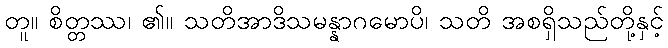
တူ။ စိတ္တဿ၊ ၏။ သတိအာဒိသမန္နာဂမောပိ၊ သတိ အစရှိသည်တို့နှင့်